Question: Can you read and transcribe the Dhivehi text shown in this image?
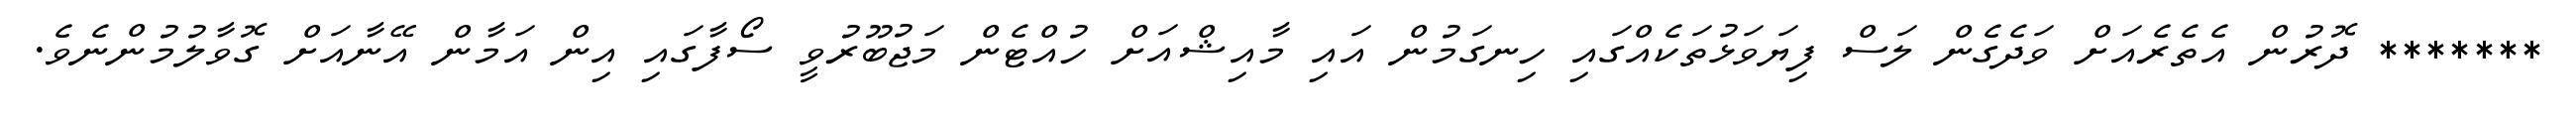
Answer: ******* ދޮރުން އެތެރެއަށް ވަދެގެން ލަސް ފިޔަވަޅުތަކެއްގައި ހިނގަމުން އައި މާއިޝްއަށް ހުއްޓެން މަޖުބޫރުވީ ސޯފާގައި އިން އަމާން އޭނާއަށް ގޮވާލުމުންނެވެ.